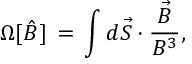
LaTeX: \Omega [ { \hat { B } } ] \, = \, \int d { \vec { S } } \cdot \frac { { \vec { B } } } { B ^ { 3 } } ,